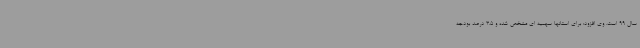
سال 99 است. وی افزود: برای استانها سهمیه ای مشخص شده و 3.5 درصد بودجه